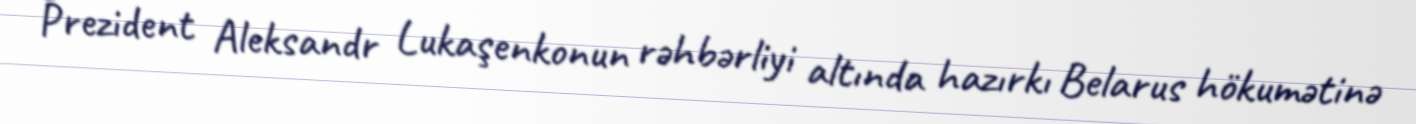
Prezident Aleksandr Lukaşenkonun rəhbərliyi altında hazırkı Belarus hökumətinə